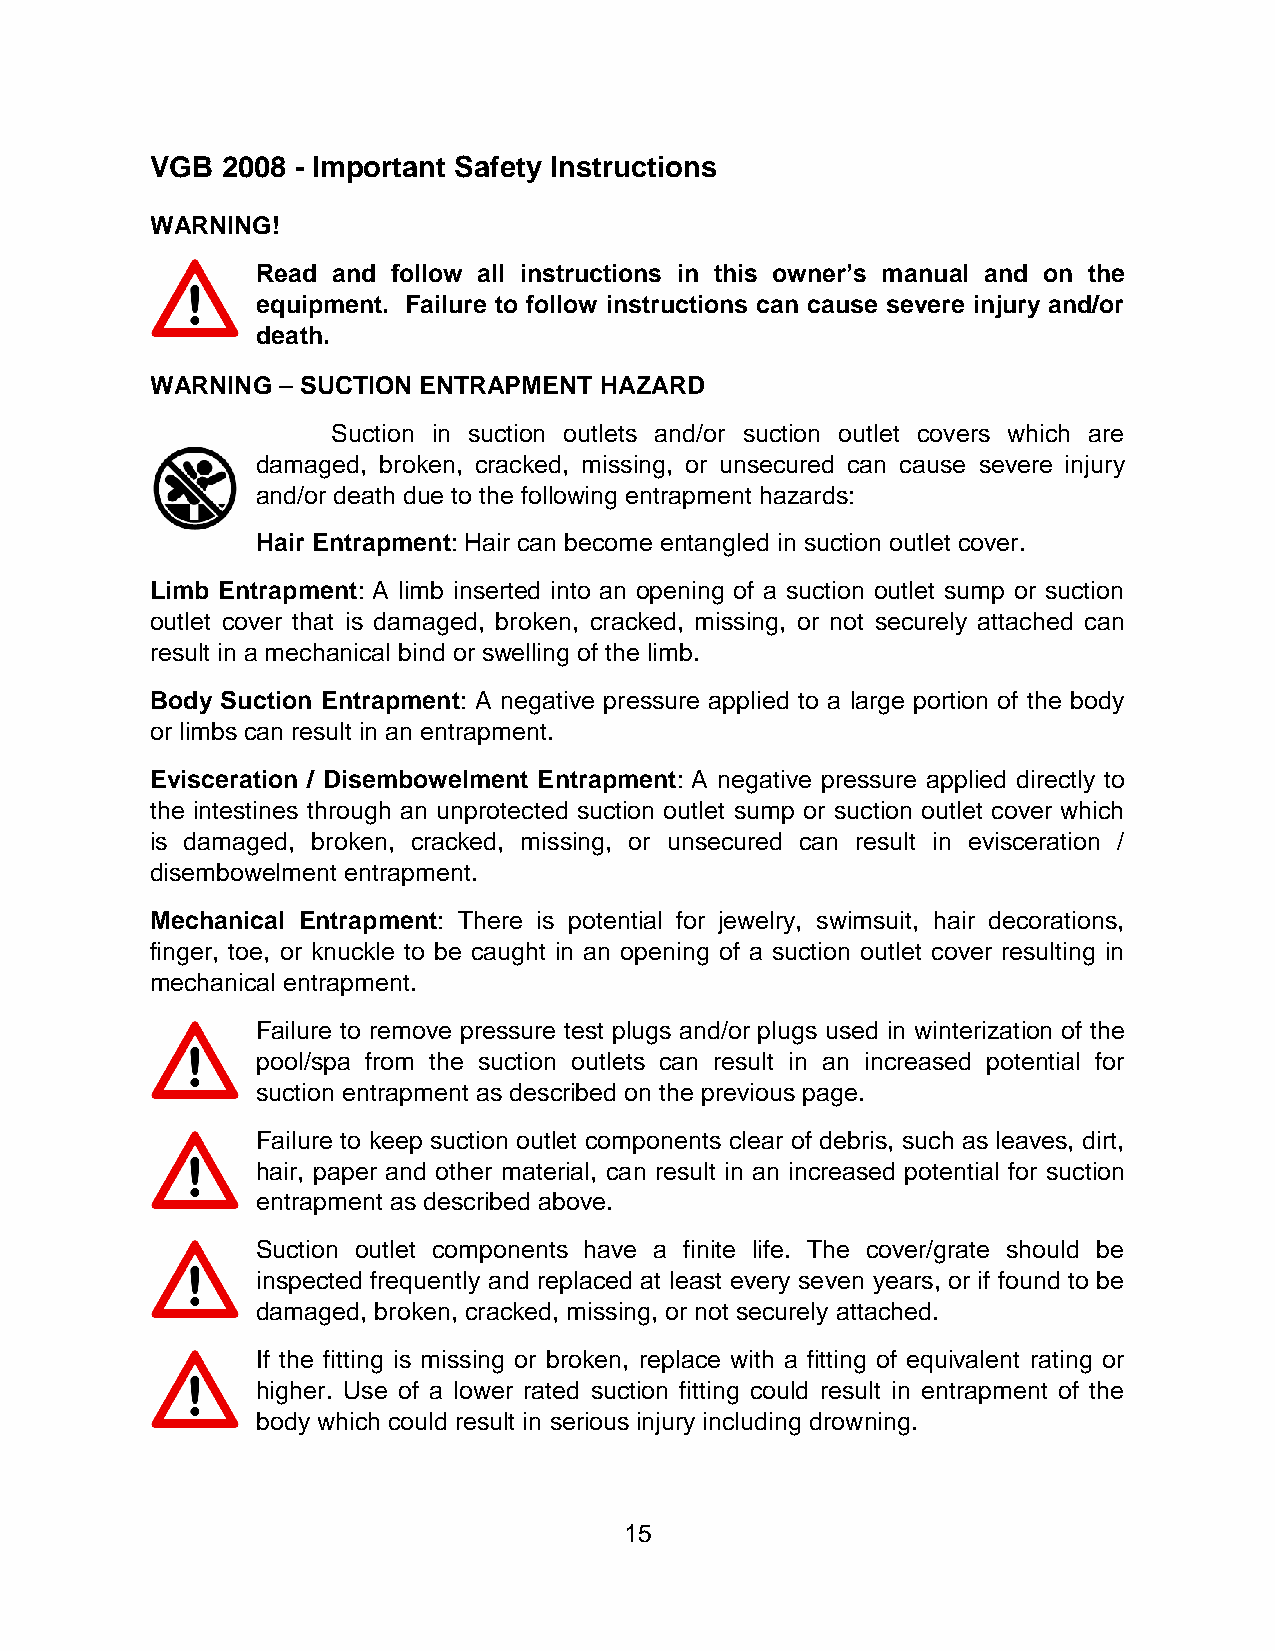
VGB  2008 - Important Safety Instructions
 WARNING!
 Read and follow all instructions in this owner’s manual and on the
 equipment. Failure to follow instructions can cause severe injury and/or
 death.
 WARNING  SUCTION ENTRAPMENT  HAZARD
 Suction in suction outlets and/or suction outlet covers which are
 damaged, broken, cracked, missing, or unsecured can cause severe injury
 and/or death due to the following entrapment hazards:
 Hair Entrapment: Hair can become entangled in suction outlet cover.
 Limb Entrapment: A limb inserted into an opening of a suction outlet sump or suction
 outlet cover that is damaged, broken, cracked, missing, or not securely attached can
 result in a mechanical bind or swelling of the limb.
 Body Suction Entrapment: A negative pressure applied to a large portion of the body
 or limbs can result in an entrapment.
 Evisceration / Disembowelment Entrapment: A negative pressure applied directly to
 the intestines through an unprotected suction outlet sump or suction outlet cover which
 is damaged, broken, cracked, missing, or unsecured can result in evisceration /
 disembowelment entrapment.
 Mechanical Entrapment: There is potential for jewelry, swimsuit, hair decorations,
 finger, toe, or knuckle to be caught in an opening of a suction outlet cover resulting in
 mechanical entrapment.
 Failure to remove pressure test plugs and/or plugs used in winterization of the
 pool/spa from the suction outlets can result in an increased potential for
 suction entrapment as described on the previous page.
 Failure to keep suction outlet components clear of debris, such as leaves, dirt,
 hair, paper and other material, can result in an increased potential for suction
 entrapment as described above.
 Suction outlet components have a finite life. The cover/grate should be
 inspected frequently and replaced at least every seven years, or if found to be
 damaged, broken, cracked, missing, or not securely attached.
 If the fitting is missing or broken, replace with a fitting of equivalent rating or
 higher. Use of a lower rated suction fitting could result in entrapment of the
 body which could result in serious injury including drowning.
 15